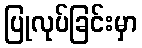
ပြုလုပ်ခြင်းမှာ